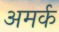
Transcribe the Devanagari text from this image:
अमर्क